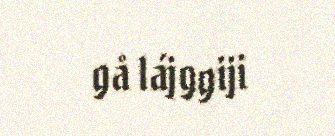
gå lájggiji